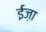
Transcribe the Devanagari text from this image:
ईज़ा